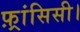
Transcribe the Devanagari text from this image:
फ़्रांसिसी।